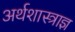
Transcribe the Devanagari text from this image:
अर्थशास्त्राज्ञ